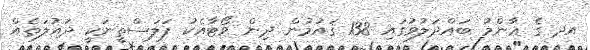
އދ ގެ ޢާންމު ބައްދަލުވުގައި 138 ޤައުމުން ދިން ވޯޓާއެކު ފަލަސްތީނަކީ ދައުލަތެއް